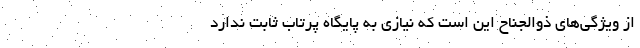
از ویژگی‌های ذوالجناح این است که نیازی به پایگاه پرتاب ثابت ندارد